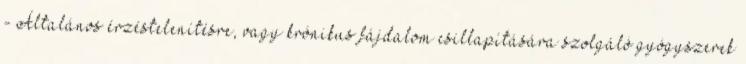
- Általános érzéstelenítésre, vagy krónikus fájdalom csillapítására szolgáló gyógyszerek